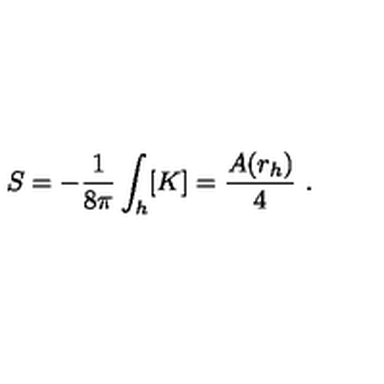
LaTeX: S = - \frac { 1 } { 8 \pi } \int _ { h } [ K ] = \frac { A ( r _ { h } ) } { 4 } \ .